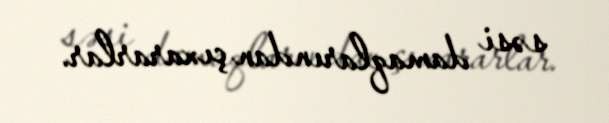
səsi damaqlarından çıxararlar.